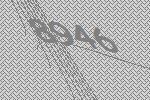
8946